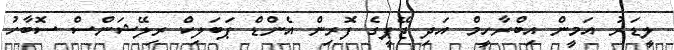
ލީޑަރު އަމީން އިބްރާހީމް އަދި ޖޭޕީގެ ފޮރިން އެންޑް ޕަބަލިކް ރިލޭޝަންސް ސޮބާހު